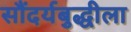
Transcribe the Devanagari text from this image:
सौंदर्यबुद्धीला